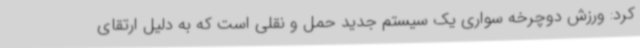
کرد: ورزش دوچرخه سواری یک سیستم جدید حمل و نقلی است که به دلیل ارتقای